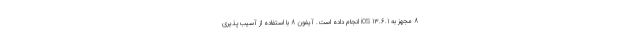
8 مجهز به iOS 13.6.1 انجام داده است. آیفون 8 با استفاده از آسیب‌پذیری